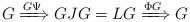
LaTeX: \begin{align*} G\xRightarrow{G\Psi}GJG=LG\xRightarrow{\Phi G}G\end{align*}